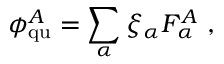
\phi _ { \mathrm { q u } } ^ { A } = \sum _ { \alpha } \xi _ { \alpha } F _ { \alpha } ^ { A } \ ,